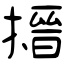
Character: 搢